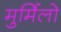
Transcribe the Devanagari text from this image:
मुर्मिलो